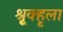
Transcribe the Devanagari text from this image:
श्रूृृक्हृला